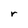
Character: r